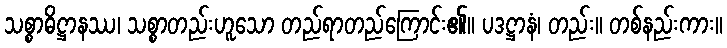
သစ္စာဓိဋ္ဌာနဿ၊ သစ္စာတည်းဟူသော တည်ရာတည်ကြောင်း၏။ ပဒဋ္ဌာနံ၊ တည်း။ တစ်နည်းကား။